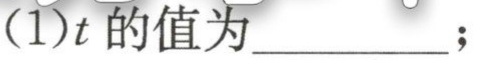
(1)\(t\)的值为__________；